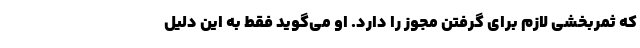
که ثمربخشی لازم برای گرفتن مجوز را دارد. او می‌گوید فقط به این دلیل